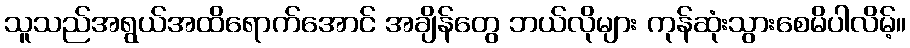
သူသည်အရွယ်အထိရောက်အောင် အချိန်တွေ ဘယ်လိုများ ကုန်ဆုံးသွားစေမိပါလိမ့်။